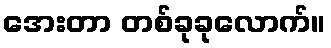
အေးတာ တစ်ခုခုလောက်။